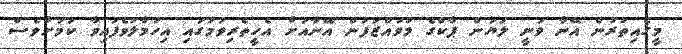
މީގެއިތުރުން އޭނާ ވަނީ ލަޔަން ޕާކްގެ މުވައްޒަފުން އޭނާއަށް އެހީތެރިވުމުގައި އިހުމާލުވެފައިވާ ކަމަށްވެސް